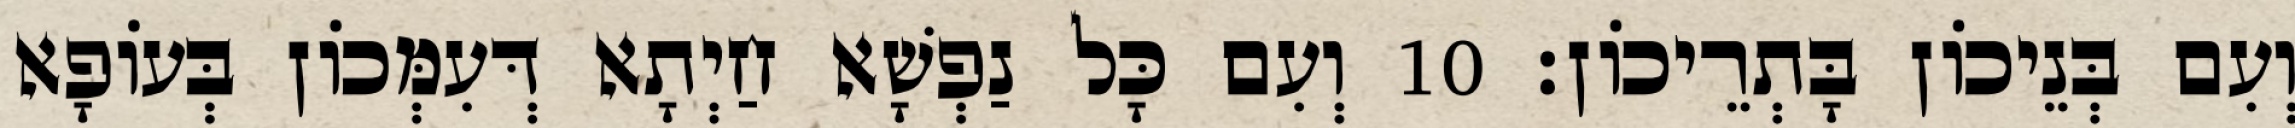
וְעִם בְּנֵיכוֹן בָּתְרֵיכוֹן׃ 10 וְעִם כָּל נַפְשָׁא חַיְתָא דְּעִמְּכוֹן בְּעוֹפָא